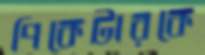
পিকেটারকে